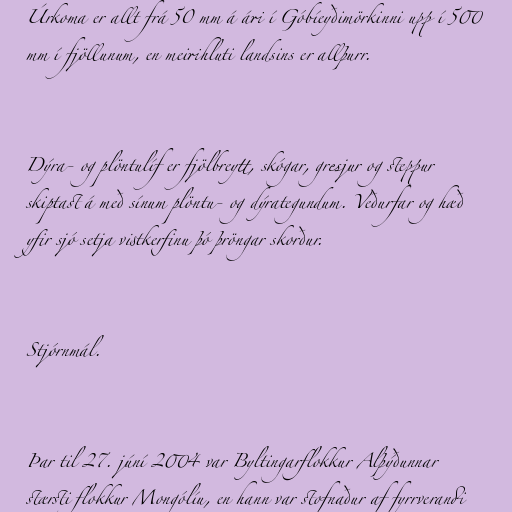
Úrkoma er allt frá 50 mm á ári í Góbíeyðimörkinni upp í 500
mm í fjöllunum, en meirihluti landsins er allþurr.

Dýra- og plöntulíf er fjölbreytt, skógar, gresjur og steppur
skiptast á með sínum plöntu- og dýrategundum. Veðurfar og hæð
yfir sjó setja vistkerfinu þó þröngar skorður.

Stjórnmál.

Þar til 27. júní 2004 var Byltingarflokkur Alþýðunnar
stærsti flokkur Mongólíu, en hann var stofnaður af fyrrverandi